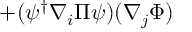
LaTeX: + ( \psi ^ { \dagger } \nabla _ { i } \Pi \psi ) ( \nabla _ { j } \Phi )